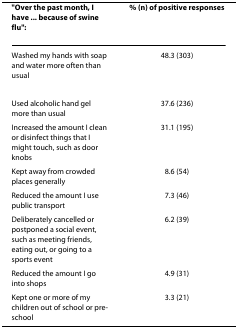
<table><thead><tr><td><b>&quot;Over the past month, I have ... because of swine flu&quot;:</b></td><td><b>% (n) of positive responses</b></td></tr></thead><tbody><tr><td>Washed my hands with soap and water more often than usual</td><td>48.3 (303)</td></tr><tr><td>Used alcoholic hand gel more than usual</td><td>37.6 (236)</td></tr><tr><td>Increased the amount I clean or disinfect things that I might touch, such as door knobs</td><td>31.1 (195)</td></tr><tr><td>Kept away from crowded places generally</td><td>8.6 (54)</td></tr><tr><td>Reduced the amount I use public transport</td><td>7.3 (46)</td></tr><tr><td>Deliberately cancelled or postponed a social event, such as meeting friends, eating out, or going to a sports event</td><td>6.2 (39)</td></tr><tr><td>Reduced the amount I go into shops</td><td>4.9 (31)</td></tr><tr><td>Kept one or more of my children out of school or pre-school</td><td>3.3 (21)</td></tr></tbody></table>